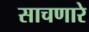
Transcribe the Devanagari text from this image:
साचणारे